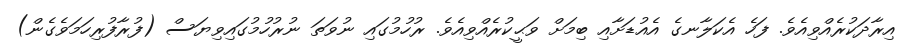
އިރާދަކުރެއްވިއެވެ. ފަހެ އެކަލާނގެ އެއުޑަށާއި ބިމަށް ވަޙީކުރެއްވިއެވެ. ރުހުމުގައި ނުވަތަ ނުރުހުމުގައިވިޔަސް (ފުރާފުރިހަމަވެގެން)